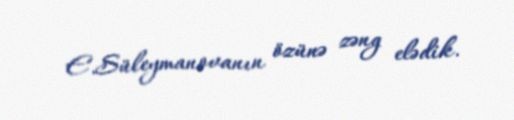
E.Süleymanovanın özünə zəng elədik.